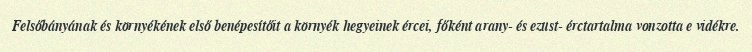
Felsőbányának és környékének első benépesítőit a környék hegyeinek ércei, főként arany- és ezüst- érctartalma vonzotta e vidékre.